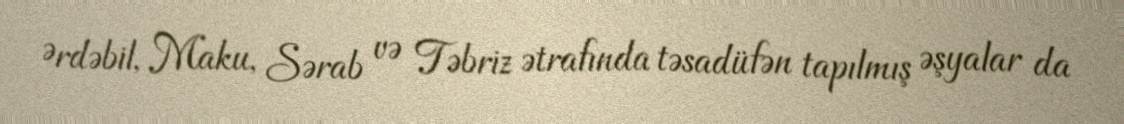
Ərdəbil, Maku, Sərab və Təbriz ətrafında təsadüfən tapılmış əşyalar da